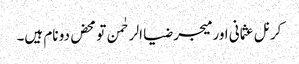
کرنل عثمانی اور میجر ضیا الرحٰمن تو محض دو نام ہیں۔